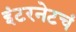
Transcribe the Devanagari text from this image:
इंटरनेटचं